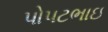
પોપટભાઇ